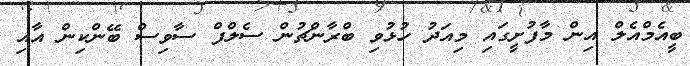
ބީއެމްއެލް އިން މާފުށީގައި މިއަދު ހުޅުވި ބްރާންޗުން ސެލްފް ސާވިސް ބޭންކިން އާއި